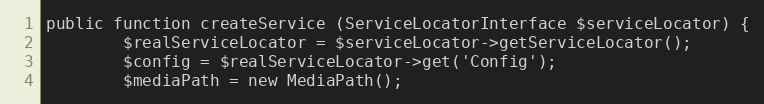
Language: PHP
public function createService (ServiceLocatorInterface $serviceLocator) {
        $realServiceLocator = $serviceLocator->getServiceLocator();
        $config = $realServiceLocator->get('Config');
        $mediaPath = new MediaPath();